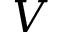
V